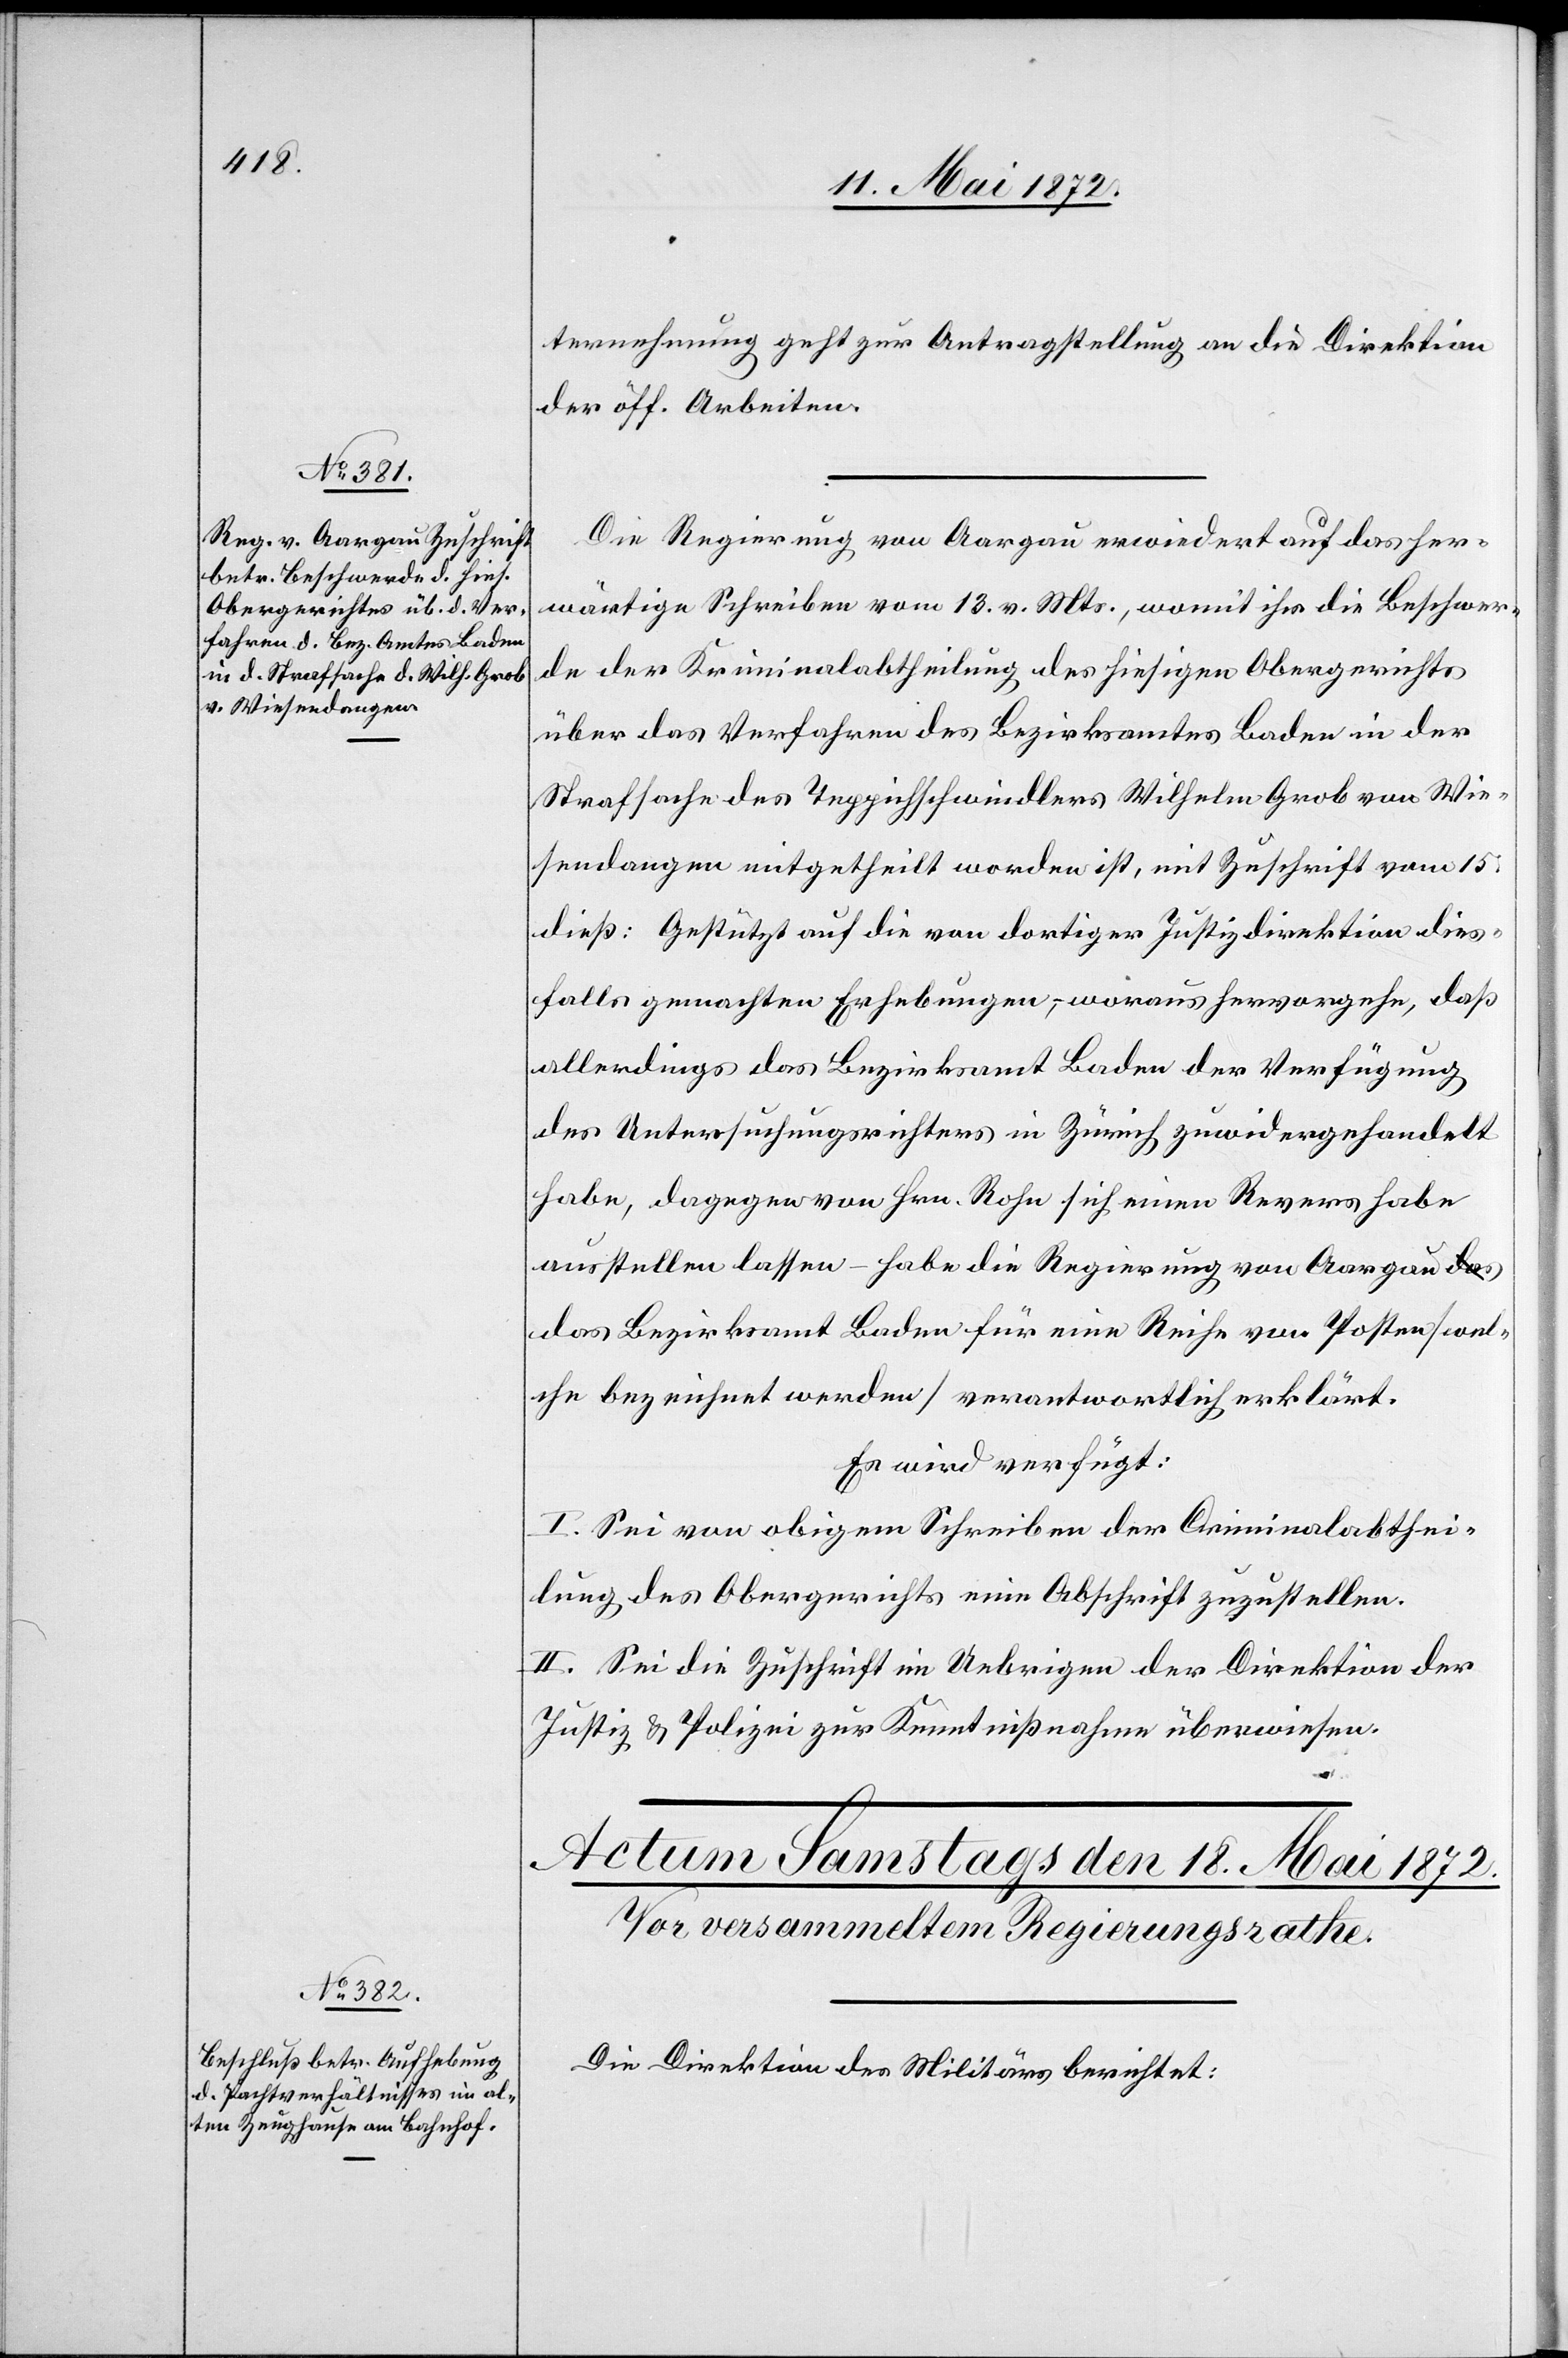
dies¬

17. Mai 1872.]
ternehmung geht zur Antragstellung an die Direktion
der öff. Arbeiten.
Die Regierung von Aargau erwiedert auf das her¬
wärtige Schreiben vom 13. v. Mts., womit ihr die Beschwer¬
de der Kriminalabtheilung des hiesigen Obergerichts
über das Verfahren des Bezirksamtes Baden in den
Strafsache des Teppichschwindlers Wilhelm Grob von Wie¬
sendangen mitgetheilt worden ist, mit Zuschrift vom 15.
falls gemachten Erhebungen, woraus hervorgehe, daß
allerdings das Bezirksamt Baden der Verfügung
des Untersuchungsrichters in Zürich zuwidergehandelt
habe, dagegen von Hrn. Rohn sich einen Revers habe
ausstellen lassen – habe die Regierung von Aargau d¬
as Bezirksamt Baden für eine Reihe von Posten [wel¬
che bezeichnet werden] verantwortlich erklärt.
Es wird verfügt:
I. Sei von obigem Schreiben der Criminalabthei¬
lung des Obergerichts eine Abschrift zuzustellen.
II. Sei die Zuschrift im Uebrigen der Direktion der
Justiz u. Polizei zur Kenntnißnahme überwiesen.
Die Direktion des Militärs berichtet: